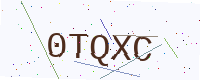
Text: 0TQXC